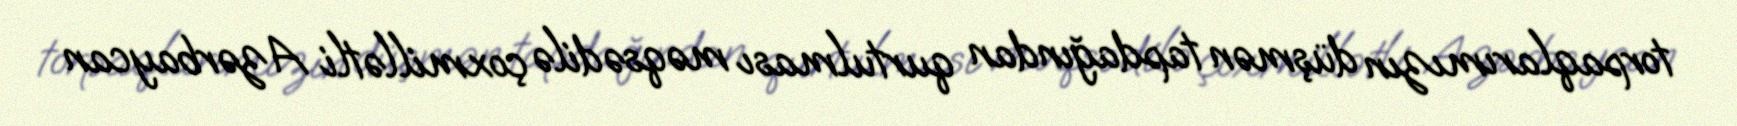
torpaqlarımızın düşmən tapdağından qurtulması məqsədilə çoxmillətli Azərbaycan